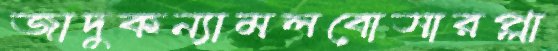
জাদুকন্যামলবোসারপ্লা